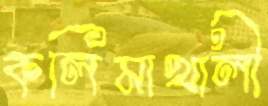
কলিমাখালী